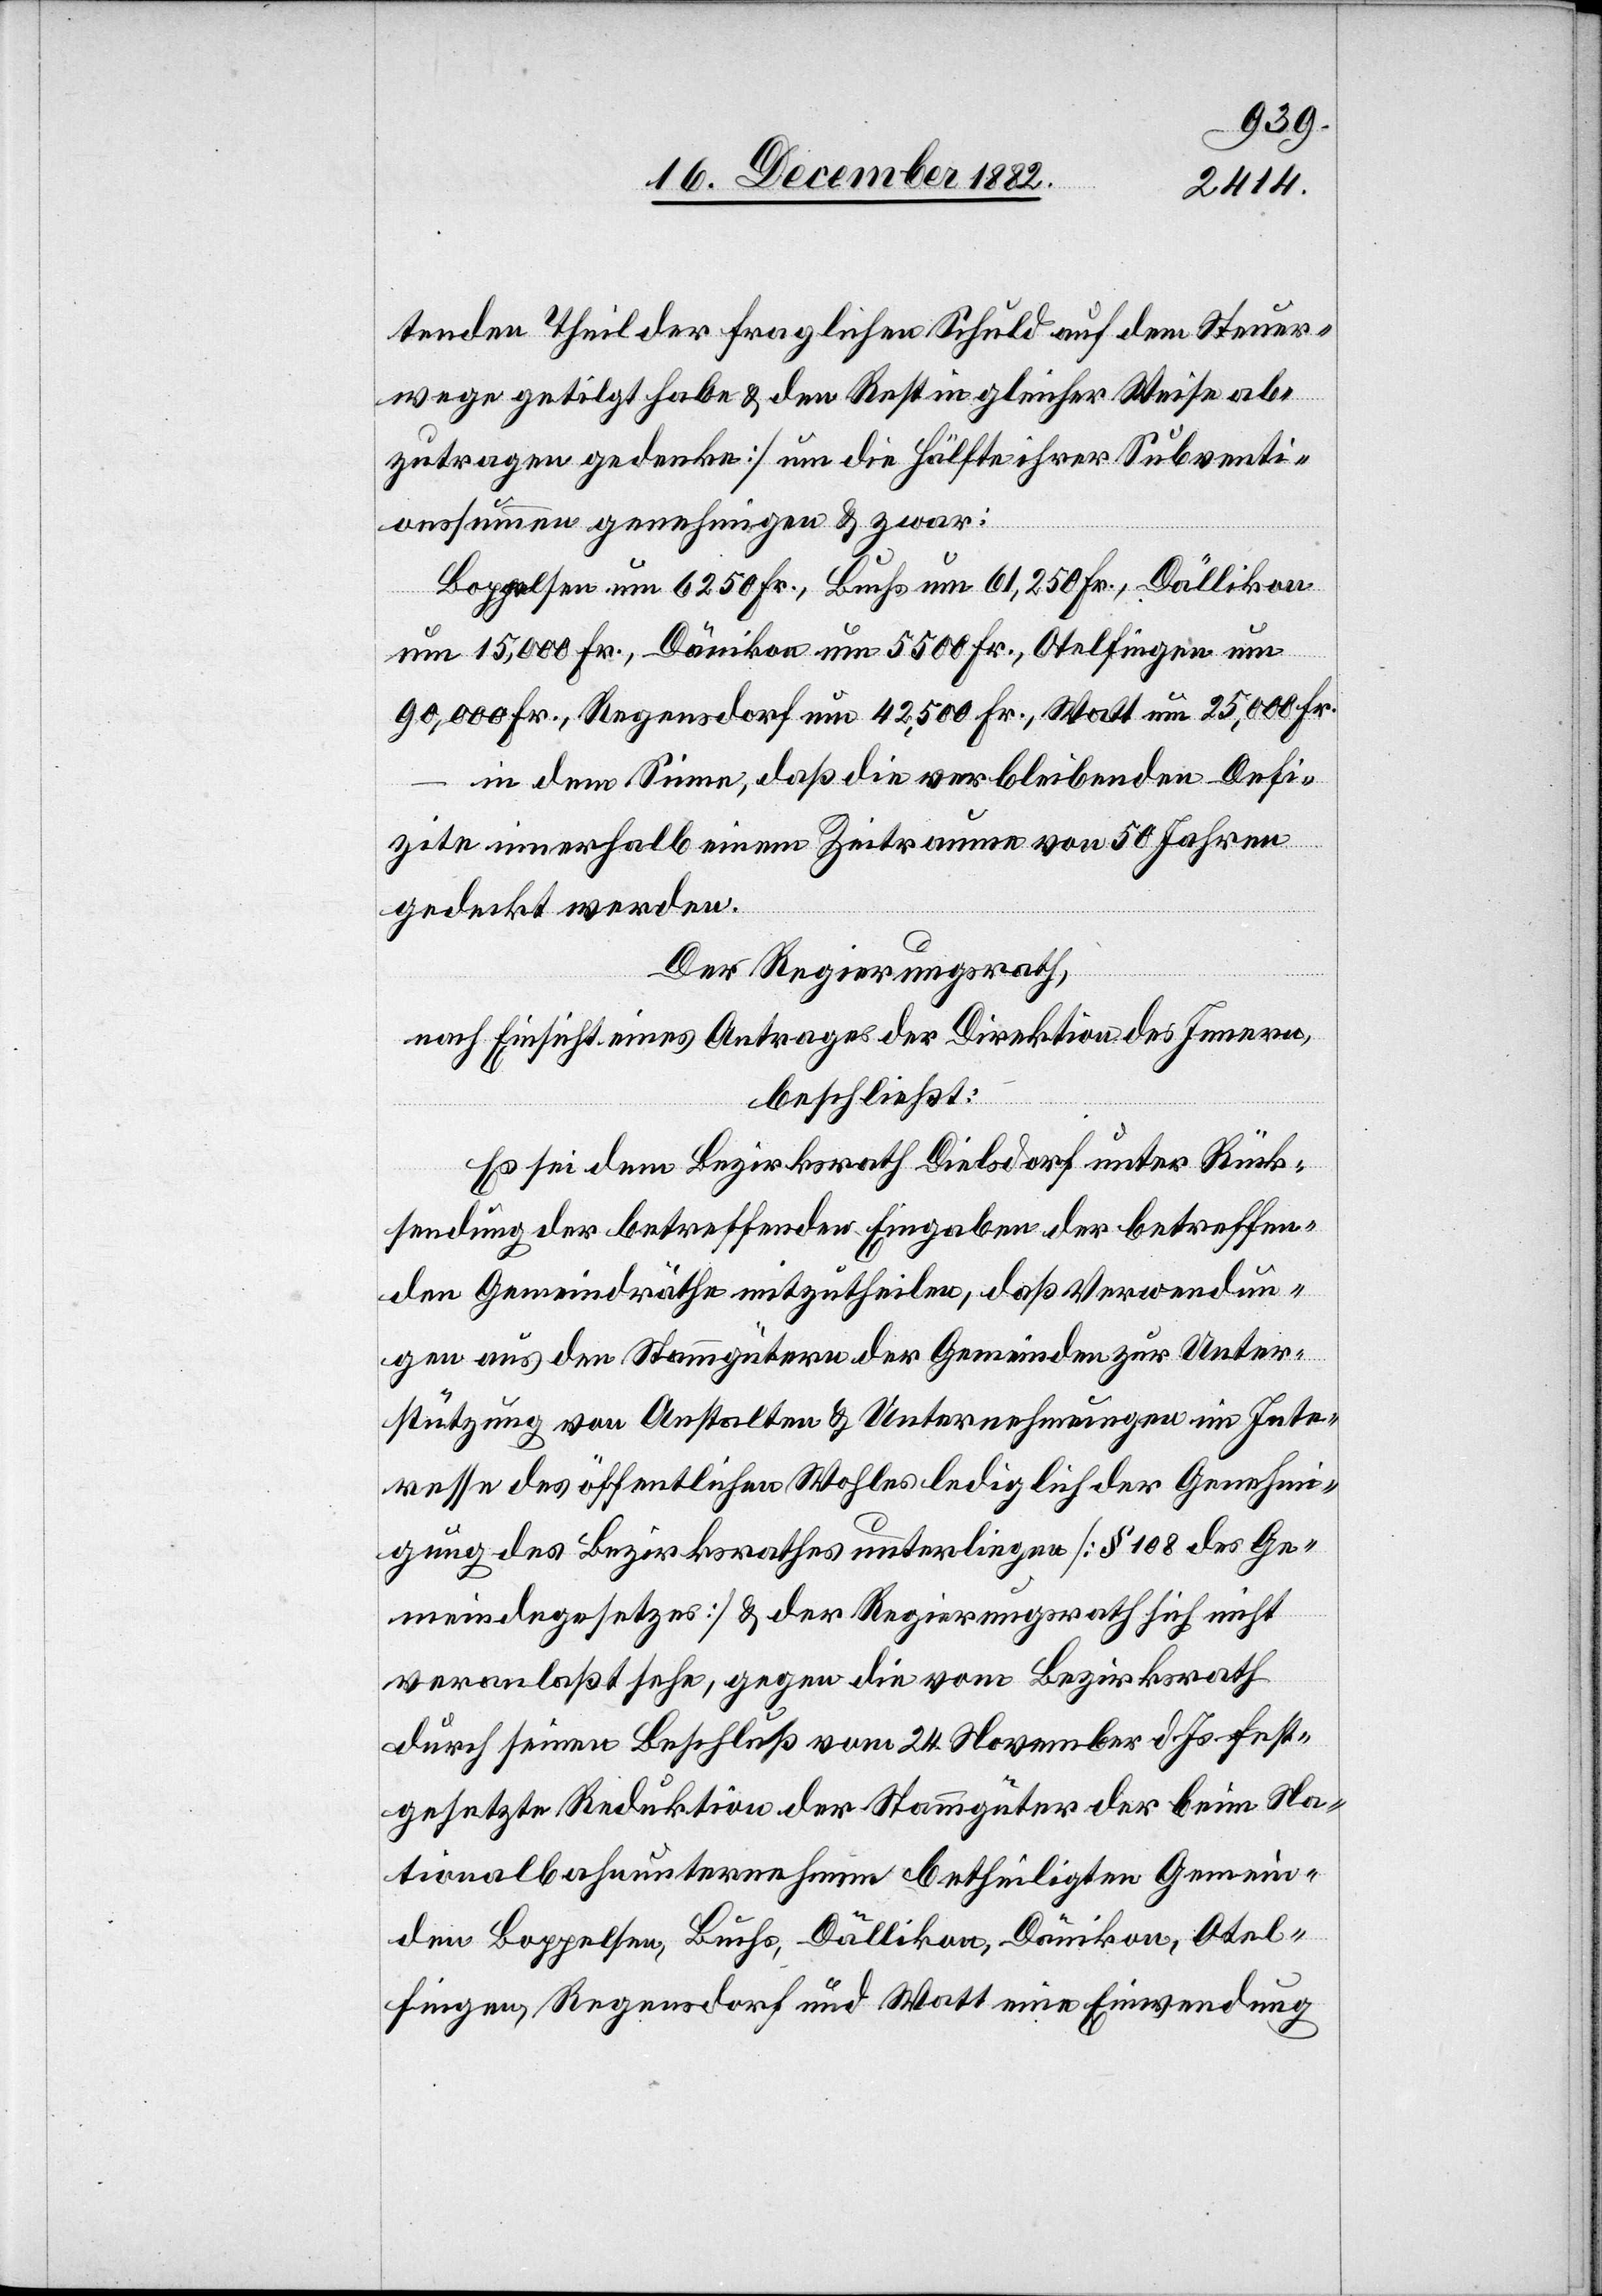
tenden Theil der fraglichen Schuld auf dem Steuer¬
wege getilgt habe & den Rest in gleicher Weise ab¬
zutragen gedenke] um die Hälfte ihrer Subventi¬
onssummen genehmigen & zwar:
Boppelsen um 6250 Fr., Buchs um 61,250 Fr., Dällikon
um 15,000 Fr., Dänikon um 5500 Fr., Otelfingen um
90,000 Fr., Regensdorf um 42,500 Fr., Watt um 25,000 Fr.
in dem Sinne, daß die verbleibenden Defi¬
zite innerhalb einem Zeitraume von 50 Jahren
gedeckt werden.
Der Regierungsrath,
nach Einsicht eines Antrages der Direktion des Innern,
beschließt:
Es sei dem Bezirksrath Dielsdorf unter Rück¬
sendung der betreffenden Eingaben der betreffen¬
den Gemeindräthe mitzutheilen, daß Verwendun¬
gen aus den Stammgütern der Gemeinden zur Unter¬
stützung von Anstalten & Unternehmungen im Inte¬
resse des öffentlichen Wohles lediglich der Genehmi¬
gung des Bezirksrathes unterliegen [§ 108 des Ge¬
meindegesetzes] & der Regierungsrath sich nicht
veranlaßt sehe, gegen die vom Bezirksrath
durch seinen Beschluß vom 24. November d. Js. fest¬
gesetzte Reduktion der Stammgüter der beim Na¬
tionalbahnunternehmen betheiligten Gemein¬
den Boppelsen, Buchs, Dällikon, Dänikon, Otel¬
fingen, Regendorf und Watt eine Einwendung